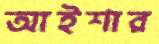
আইশার